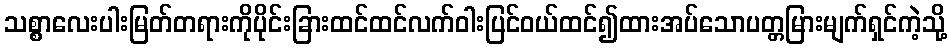
သစ္စာလေးပါးမြတ်တရားကိုပိုင်းခြားထင်ထင်လက်ဝါးပြင်ဝယ်ထင်၍ထားအပ်သောပတ္တမြားမျက်ရှင်ကဲ့သို့